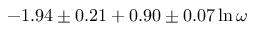
- 1 . 9 4 \pm 0 . 2 1 + 0 . 9 0 \pm 0 . 0 7 \ln \omega